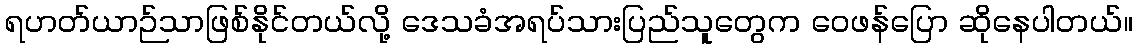
ရဟတ်ယာဉ်သာဖြစ်နိုင်တယ်လို့ ဒေသခံအရပ်သားပြည်သူတွေက ဝေဖန်ပြော ဆိုနေပါတယ်။